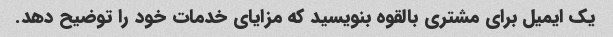
یک ایمیل برای مشتری بالقوه بنویسید که مزایای خدمات خود را توضیح دهد.